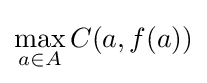
\max _{a\in A}C(a,f(a))